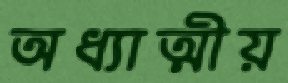
অধ্যাত্মীয়